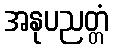
အနုပညတ္တံ